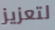
لتعزيز